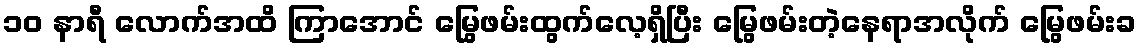
၁၀ နာရီ လောက်အထိ ကြာအောင် မြွေဖမ်းထွက်လေ့ရှိပြီး မြွေဖမ်းတဲ့နေရာအလိုက် မြွေဖမ်းခ